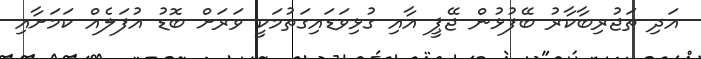
އަދި ތަޖުރިބާކާރު ބޭފުޅުން ޖޭޕީ އާއި ގުޅިވަޑައިގަތުމަކީ ވަރަށް ބޮޑު އުފަލެއް ކަމަށާއި